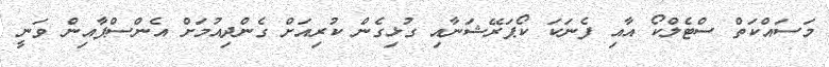
މަސައްކަތް ސްޓެލްކޯ އާއި ފެނަކަ ކޯޕަރޭޝަނާއި ގުޅިގެން ކުރިއަށް ގެންދިއުމަށް އެންސްޕާއިން ވަނީ